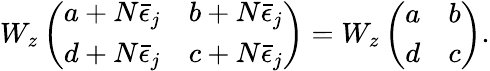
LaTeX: W_{z}\left(\begin{array}{cc}{{a+N\bar{\epsilon}_{j}}}&{{b+N\bar{\epsilon}_{j}}}\\ {{d+N\bar{\epsilon}_{j}}}&{{c+N\bar{\epsilon}_{j}}}\end{array}\right)=W_{z}\left(\begin{array}{cc}{{a}}&{{b}}\\ {{d}}&{{c}}\end{array}\right).